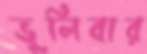
ভুলিবার